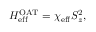
H _ { \mathrm { e f f } } ^ { \mathrm { O A T } } = \chi _ { \mathrm { e f f } } S _ { z } ^ { 2 } ,